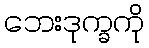
ဘေးဒုက္ခကို